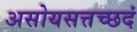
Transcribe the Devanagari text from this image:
असोयसत्तच्छदं